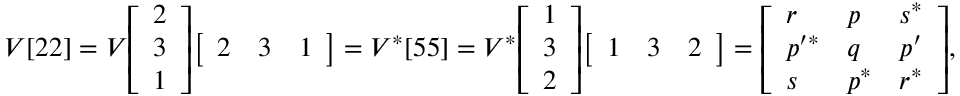
V [ 2 2 ] = V { \left[ \begin{array} { l } { 2 } \\ { 3 } \\ { 1 } \end{array} \right] } { \left[ \begin{array} { l l l } { 2 } & { 3 } & { 1 } \end{array} \right] } = V ^ { * } [ 5 5 ] = V ^ { * } { \left[ \begin{array} { l } { 1 } \\ { 3 } \\ { 2 } \end{array} \right] } { \left[ \begin{array} { l l l } { 1 } & { 3 } & { 2 } \end{array} \right] } = { \left[ \begin{array} { l l l } { r } & { p } & { s ^ { * } } \\ { p ^ { \prime * } } & { q } & { p ^ { \prime } } \\ { s } & { p ^ { * } } & { r ^ { * } } \end{array} \right] } ,